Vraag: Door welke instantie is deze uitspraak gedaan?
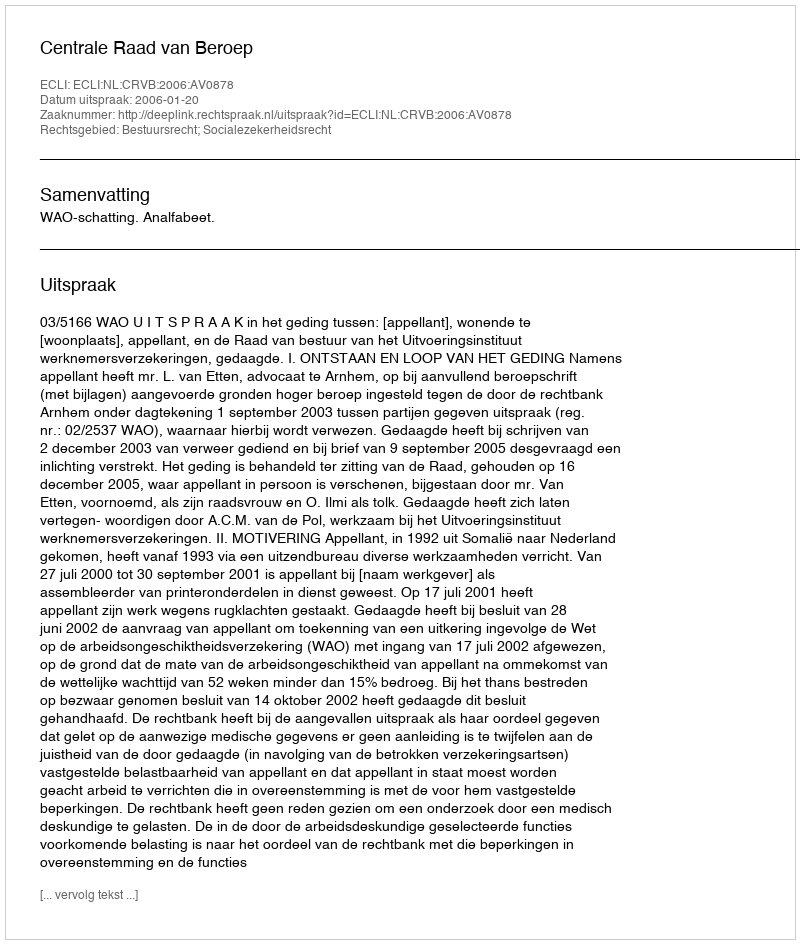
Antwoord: Centrale Raad van Beroep